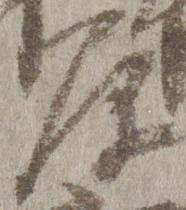
原